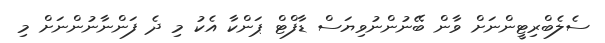
ސެލެބްރިޓީންނަށް ވާން ބޭނުންނުވިޔަސް ޑާފްޓް ޕަންކާ އެކު މި ދެ ފަންނާނުންނަށް މި